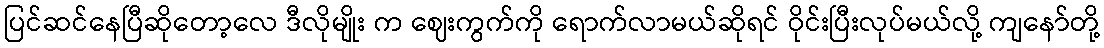
ပြင်ဆင်နေပြီဆိုတော့လေ ဒီလိုမျိုး က ဈေးကွက်ကို ရောက်လာမယ်ဆိုရင် ဝိုင်းပြီးလုပ်မယ်လို့ ကျနော်တို့